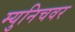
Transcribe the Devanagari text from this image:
म्युनिचवर